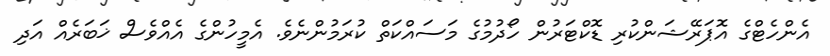
އެންހެޓްގެ އޮޕަރޭޝަންކުރި ޑޮކްޓަރުން ހޯދުމުގެ މަސައްކަތް ކުރަމުންނެވެ. އެމީހުންގެ އެއްވެސް ޚަބަރެއް އަދި